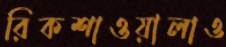
রিকশাওয়ালাও